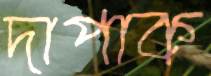
দাপাক